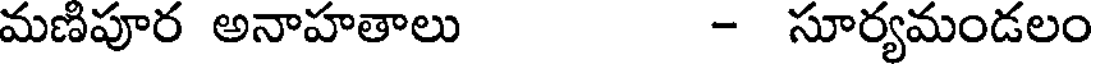
మణిపూర అనాహతాలు - సూర్యమండలం